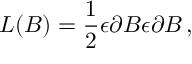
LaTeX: L ( B ) = \frac { 1 } { 2 } \epsilon \partial B \epsilon \partial B \, ,